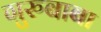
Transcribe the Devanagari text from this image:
गुरुबाबा